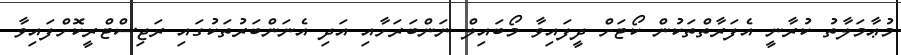
މުޢާމަލާތު ކުރާނީ އެފަރާތްތަކުން ކޯޓަށް ދީފައިވާ މޯބައިލް ނަންބަރަށާއި އަދި އެނަންބަރުތަކުގައި ރަޖިސްޓްރީކޮށްފައިވާ